Document type: Enfranchisement
Year: 1297
Scribe: Jaume de Trilla
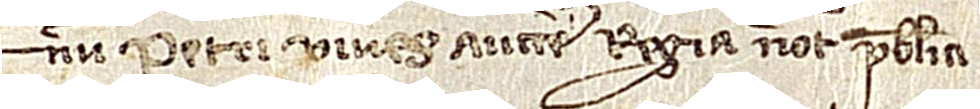
num Petri Vives, auctoritate regia notarii publici.